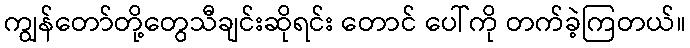
ကျွန်တော်တို့တွေသီချင်းဆိုရင်း တောင် ပေါ်ကို တက်ခဲ့ကြတယ်။